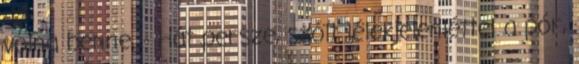
volna benne. - Hát persze, szólt lélekjelenléttel a pór,